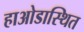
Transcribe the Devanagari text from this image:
हाओडास्थित